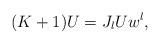
LaTeX: \begin{align*}(K+1)U=J_{l}Uw^{l},\end{align*}